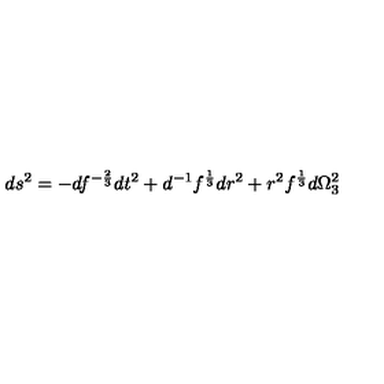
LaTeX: d s ^ { 2 } = - d f ^ { - { \frac { 2 } { 3 } } } d t ^ { 2 } + d ^ { - 1 } f ^ { \frac { 1 } { 3 } } d r ^ { 2 } + r ^ { 2 } f ^ { \frac { 1 } { 3 } } d \Omega _ { 3 } ^ { 2 }